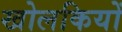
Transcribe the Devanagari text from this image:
खोलकियों